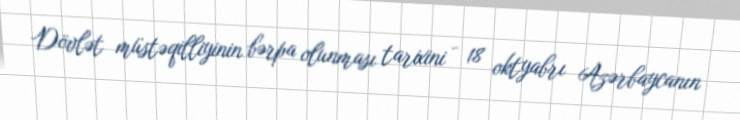
Dövlət müstəqilliyinin bərpa olunması tarixini - 18 oktyabrı Azərbaycanın